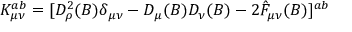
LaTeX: K _ { \mu \nu } ^ { a b } = [ D _ { \rho } ^ { 2 } ( B ) \delta _ { \mu \nu } - D _ { \mu } ( B ) D _ { \nu } ( B ) - 2 \hat { F } _ { \mu \nu } ( B ) ] ^ { a b }